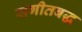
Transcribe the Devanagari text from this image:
सगीतबद्ध